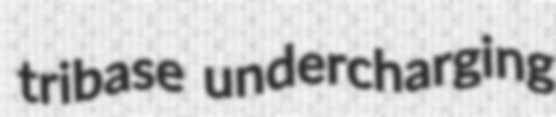
tribase undercharging